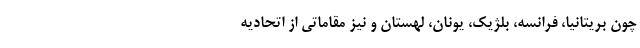
چون بریتانیا، فرانسه، بلژیک، یونان، لهستان و نیز مقاماتی از اتحادیه